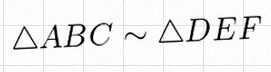
\triangle ABC\sim\triangle DEF